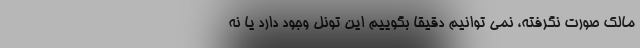
مالک صورت نگرفته، نمی توانیم دقیقا بگوییم این تونل وجود دارد یا نه